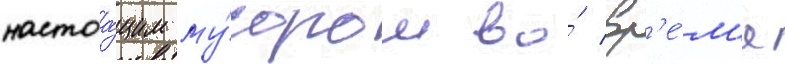
настоа́щим му́сором во́ вр'е́м'я